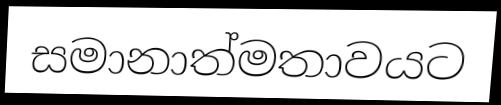
සමානාත්මතාවයට